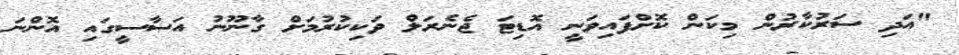
"އަދި ސަރުކާރުން މިކަން ކޮށްފައިވަނީ އޮޑިޓަ ޖެނެރަލް ވަކިކުރުމަށް ގާނޫނު އަސާސީގައި އޮންނަ